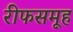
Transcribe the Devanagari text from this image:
रीफसमूह